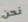
نحن